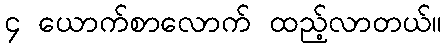
၄ ယောက်စာလောက် ထည့်လာတယ်။